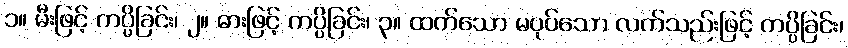
၁။ မီးဖြင့် ကပ္ပိခြင်း၊ ၂။ ဓားဖြင့် ကပ္ပိခြင်း၊ ၃။ ထက်သော မပုပ်သော လက်သည်းဖြင့် ကပ္ပိခြင်း၊